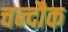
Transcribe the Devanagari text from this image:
चन्दौक